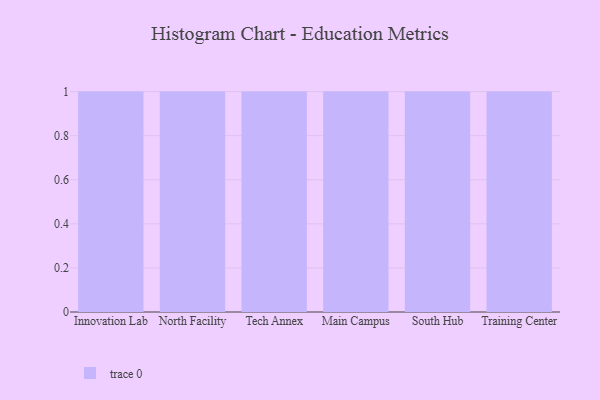
{"axis": {"x": "Campus", "y": "LTV (USD)"}, "legend": [""], "data": [{"x": "Innovation Lab", "y": 7, "type": ""}, {"x": "North Facility", "y": 66, "type": ""}, {"x": "Tech Annex", "y": 62, "type": ""}, {"x": "Main Campus", "y": 81, "type": ""}, {"x": "South Hub", "y": 55, "type": ""}, {"x": "Training Center", "y": 97, "type": ""}]}